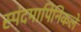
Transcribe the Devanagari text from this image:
स्पंदमापिनिकले